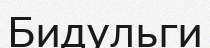
Бидульги